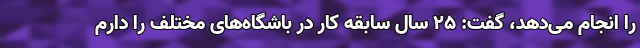
را انجام می‌دهد، گفت: 25 سال سابقه کار در باشگاه‌های مختلف را دارم